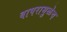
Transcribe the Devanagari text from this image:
वापरामुळेच